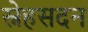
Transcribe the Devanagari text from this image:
स्नेहसदन